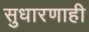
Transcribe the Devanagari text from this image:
सुधारणाही